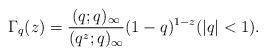
LaTeX: \begin{align*}\Gamma_q(z) = \dfrac{(q;q)_\infty}{(q^{z};q)_\infty} (1-q)^{1-z} (|q|<1).\end{align*}